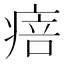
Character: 㾦